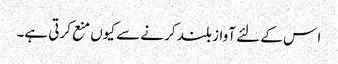
ا س کے لئے آواز بلند کرنے سے کیوں منع کرتی ہے۔